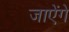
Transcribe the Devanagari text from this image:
जाऐंगे